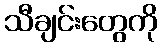
သီချင်းတွေကို